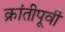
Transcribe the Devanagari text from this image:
क्रांतीपूर्वी